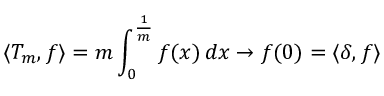
\langle T _ { m } , f \rangle = m \int _ { 0 } ^ { \frac { 1 } { m } } f ( x ) \, d x \to f ( 0 ) = \langle \delta , f \rangle